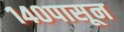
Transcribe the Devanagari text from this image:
१४०पासून